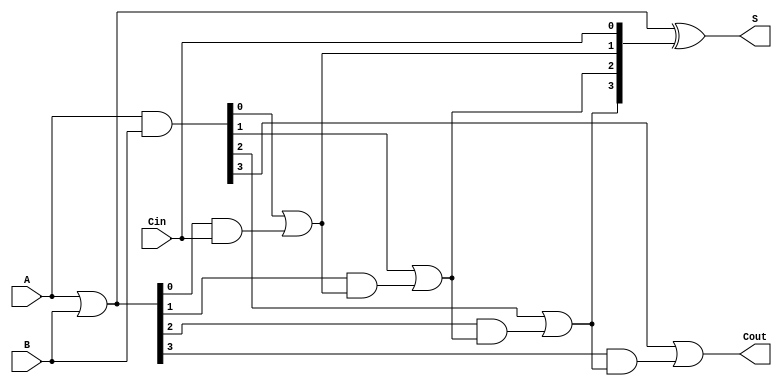
module CILA (
    input [3:0] A,     // 4-bit input A
    input [3:0] B,     // 4-bit input B
    input Cin,         // Carry-in
    output [3:0] S,    // 4-bit sum output
    output Cout        // Carry-out
);

    // Generate and Propagate signals
    wire [3:0] G;      // Generate signals
    wire [3:0] P;      // Propagate signals
    wire [4:0] C;      // Carry signals (C[0] to C[4])

    // Generate and Propagate logic
    assign G = A & B;          // Generate: G[i] = A[i] & B[i]
    assign P = A | B;          // Propagate: P[i] = A[i] | B[i]

    // Carry Lookahead Logic
    assign C[0] = Cin;         // C[0] = Cin
    assign C[1] = G[0] | (P[0] & C[0]); // C[1] = G[0] + (P[0] * C[0])
    assign C[2] = G[1] | (P[1] & C[1]); // C[2] = G[1] + (P[1] * C[1])
    assign C[3] = G[2] | (P[2] & C[2]); // C[3] = G[2] + (P[2] * C[2])
    assign C[4] = G[3] | (P[3] & C[3]); // C[4] = G[3] + (P[3] * C[3])

    // Sum Calculation
    assign S = P ^ C[3:0]; // S[i] = P[i] ^ C[i] for i = 0 to 3
    
    // Carry-out is the last carry
    assign Cout = C[4];    // Carry-out: Cout = C[4]

endmodule